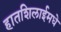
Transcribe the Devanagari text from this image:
हातशिलाईमधे